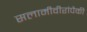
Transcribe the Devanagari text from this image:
सलामीवीरांपैकी